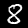
Digit: 8